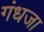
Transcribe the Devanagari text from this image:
गंधजा